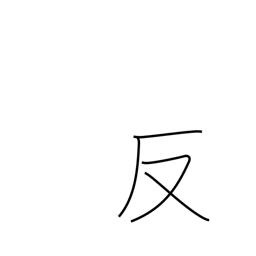
Meaning: anti-